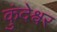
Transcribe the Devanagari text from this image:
कुंदेश्वर